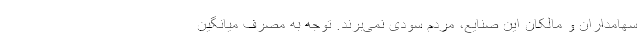
سهامداران و مالکان این صنایع، مردم سودی نمی‌برند. توجه به مصرف میانگین